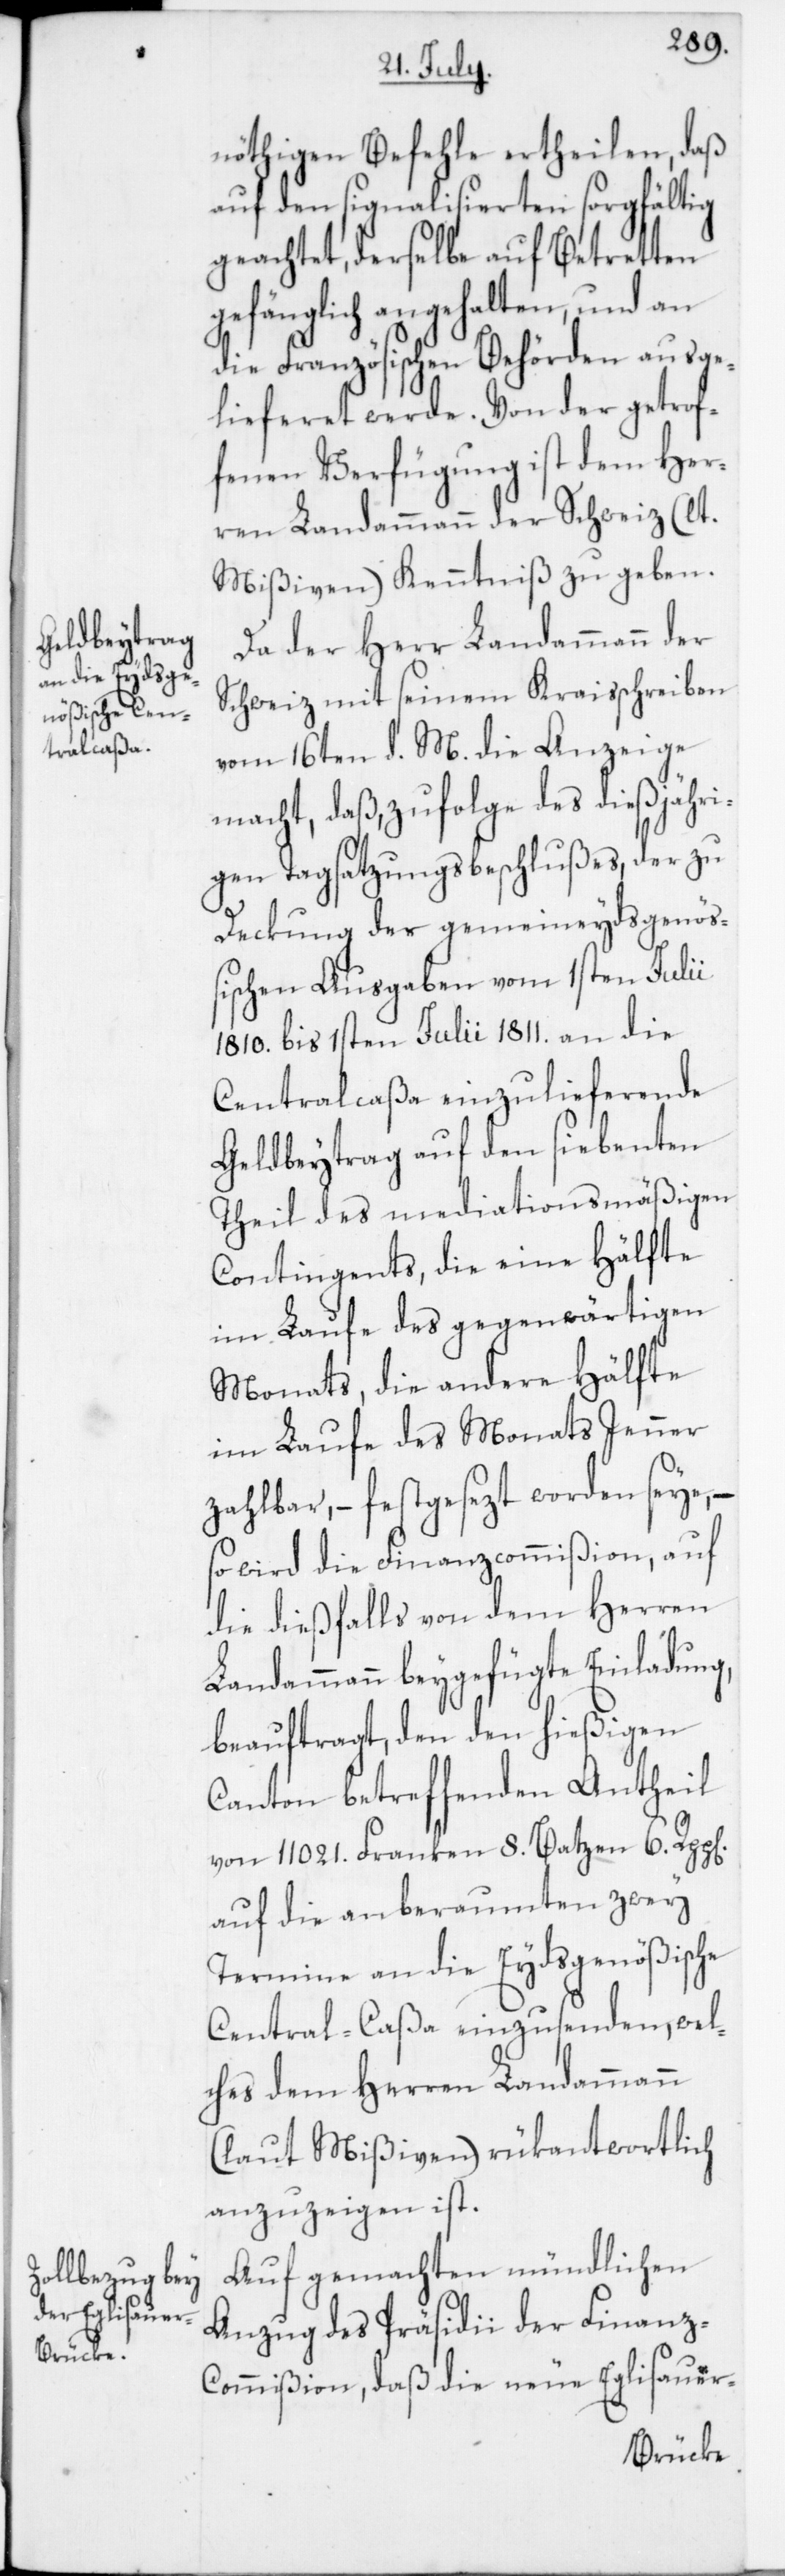
p[en]

nöthigen Befehle ertheilen, daß
auf den signalisierten sorgfältig
geachtet, derselbe auf Betretten
gefänglich angehalten und an
die Französischen Behörden ausge¬
lieferet werde. Von der getrof¬
fenen Verfügung ist dem Her¬
ren Landammann der Schweiz (lt.
Mißiven) Kenntniß zu geben.
Da der Herr Landammann der
Schweiz mit seinem Kraisschreiben
vom 16ten d. M. die Anzeige
macht, daß zufolge des dießjähri¬
gen Tagsatzungsbeschlußes, der zu
Deckung der gemeineydsgenöß¬
ischen Ausgaben vom 1sten Julii
1810. bis 1sten Julii 1811. an die
Centralcaßa einzuliefernde
Geldbeytrag auf den siebenten
Theil des mediationsmäßigen
Contingents, die eine Hälfte
im Laufe des gegenwärtigen
Monats, die andere Hälfte
im Laufe des Monats Jenner
zahlbar, – festgesezt worden seye, –
so wird die Finanzcommißion, auf
die dießfalls von dem Herren
Landammann beygefügte Einladung,
beauftragt, den den hießigen
Canton betreffenden Antheil
von 11 021. Franken 8. Batzen 6. Rp¬
auf die anberaumten zwey
Termine an die Eydsgenößische
Centralcaßa einzusenden, wel¬
ches dem Herren Landammann
(laut Mißiven) rükantwortlich
anzuzeigen ist.
Auf gemachten mündlichen
Anzug des Präsidii der Finanz-C¬
ommißion, daß die neue Eglisauer-